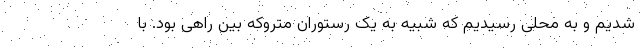
شدیم و به محلی رسیدیم که شبیه به یک رستوران متروکه بین راهی بود. با